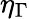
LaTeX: \eta_{\Gamma}